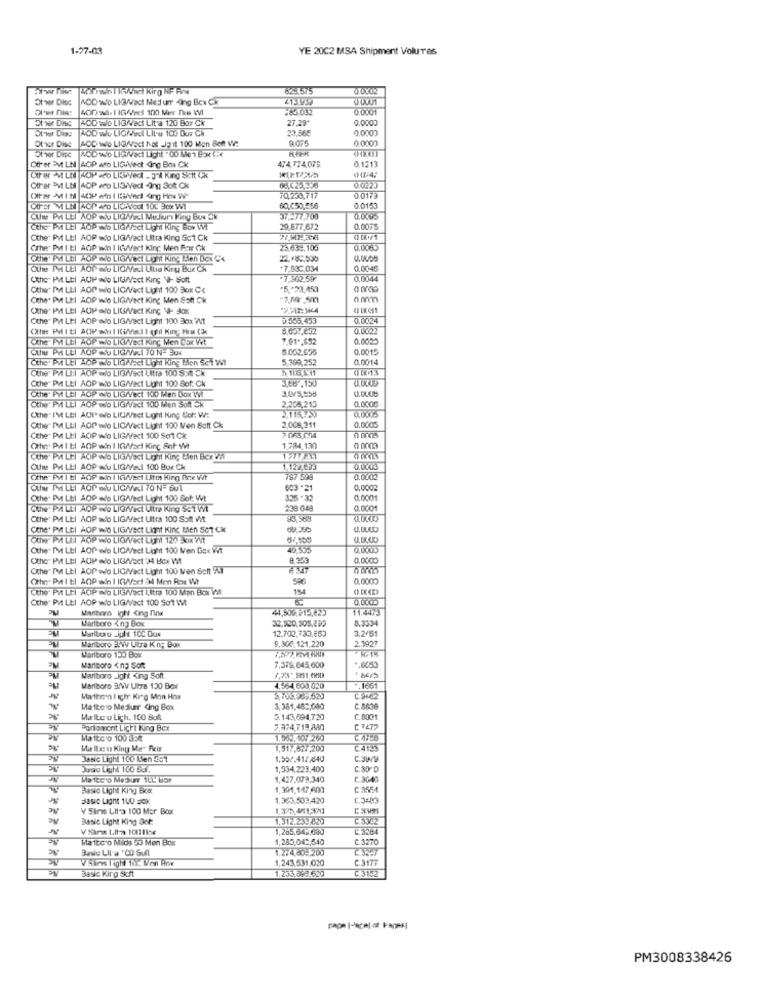
1-27-03
YE 20C2 MSA Shipment Volures
623575
0.0702
Other Dise
NOD wdo LIG/Vect Ned umr ding Box CZ
2133250
0.0001
Other Disc
AOD wio LIGWVaci Lit a 120 Box Ck
27,29*
0.0000
Oliver Dias
AOD wu LICKYdi Lilou 100 Dus Ch
23.565
9.0000
Ot idr Dine
MOD wo LIGWVact hot -Jp it 100 Mon Bett w:
0.0000
otvor Disc
Other EVt LN AOP ao LIGAMect Ging Box Ck
474,774.075
0.1213
OUFer MLN NOP ao LIWedt . J"ll King Scit Ck
Other EVI LN AOP ao LIS.Vect Ing Sot Ck
70,250,717
0.0173
60,050,456
0.0153
371-77.700
0.0005
Cthe" PA LEI AOP wio LIGWact Light King Bow WVI
29,877,672
0.0075
Other Pit LtI AOP wio LIG/Vact Ultra King Sct Ck
Cthe Pit 1 tl AOP win I IGWact Kinc Men Far Ck
23.632.105
0.0065
Othe PM LEI AOP mio LIGhect Light King Bien Dex Cx
Olie PH LEI AOP alu LICheci Ullias Kirgi Bur CK
+7,03C,034
0.0045
Other Pit Ltl AUP wo LIGWest King VI- Soft
7.862.597
0.0044
Other PM LEI AOP wdo LIC/Vact Light 100 Box C<
"5."23,453
Other Pit Ltl AOP wie LIGAVect Kinc Men Soft Ck
0 mm
Cthe P LEI AOP ado LIGW/act King VI- Jaxx
Other Pit LEI AOP wdo LIG/Vect Light 100 Box W/t
D1565.453
0.0024
0.0022
(the' PM LEl AOP wso LIGWest King Men DEIx Wt
7.91 *, 652
0.0025
OUNE PH LEI AOP OSU LICHVALI 70 N-EUX
8.002.655
0,0015
Cthe" PA LEI AOP wio LIGAact Light Ring Ben SCT WI
5,390,252
0.0014
Cthe" PA LEI AOP wio LIGNect Ultra 100 SMA Ck
5 11:8,511
0513
3,66.150
Othe PH LEI AOP wio LIG/Vect Light 100 Sof: Ck
Othe" PM LEI AOP wo LIG/Vect 100 Men Dax We
2.258,215
0,000G
Other" PM LLI AOP wio LIGYVect 100 Men Soft Ck
Cthe" I'M LEI ADItado LIUWV/ect Light King For: W:
2,115,759
0.0005
Other PM Lbl AOP wdo LIC/V/act Light 100 Men Soft Ck
2.008,211
Other Pit Lit AOP wio LIG/act 100 Set Ck
Other Pit I tl AOP win I IGMVart Kinc Sof Wt
1.784,130
0 0003
Cche" PM LEI AOP wo LIGWact Light King Ben Bex Vil
12772AN
Othe PH LEI AOP wdu LIGAel 100 Bux Ck
1,12 ,693
Othe Pit I El AOP win I IGWert Iltm King Bre Wit
12. 6
0.0002
Cliw PH LLI AOP ofu LIGMel 70 N= 501
0,0002
Other PV Ltl AOP wdo LIGAV/ect Light 100 Bot: Wt
336 -
0,0001
CUN' PALLI AOP wio LIGNEI Ultra King 501 Wt
238 048
0.0001
Other PM LEI AOP wdo LIG/Vect Ultra 100 Sott i/tt
CEne" PM LEI AOP WO LIGAVect Light KINC Men SCT CK
Othe. IM LEI AOP alo LIG//set Light 100 Men Gex Wit
40 535
Other PM LEI AOP wdo LIGNV/oct 04 Box Wt
8 353
0.0000
Cthe' PM LEI AOP wdo LIG/Vect Light 100 Men Soft M
Other Pat Itl AOP win I IG/act 34 Mon Rer Wt
596
0.0000
(the" PM LEI AOP wo LIGNect Litra 100 Man Box V
154
Other Pit Ltl AOP wdo LIG/Vact 100 Sot WMt
Maribern Ight King find
11.4473
Marlboro < no Box
8.3334
Marlboro Light 10℃ Dox
12,702,730,853
3.2/51
9.300, 121,220
2.1927
Marlboro =WW Utra K n; Box
Marlboro 150 Box
Marlboro <no Soft
7,379,645,600
Marlboro _Ight King Soft
Marlboro 3/VV Utra 120 Box
4,564.603,020
.. 1661
Marthen I agir Kreg Mon How
Hatboro Medurr Ging Box
5,381,485,000
C. 8636
Malturu Lich. 100 Sull
5.145,694,720
C.8001
Foriononit Licht King Box
7.974.718,AA0
Ma Icc o 100 3:4
C.4123
Jasic Light 100 Men 351
1,500,41/ 240
C.3W/9
Josio Light 100 Sal.
1,554,229,400
C.30 D
1,427.079,340
€.3640
Basio Light King Box
1.391,147,600
C: 1554
Basic Light 14Q =0x
1.3/3.509,420
V Sins Litra 100 Mor Boat
1,395.451,391
CSEHIS
Basic Light King Set
1,312.259829
1,265,643,630
C. 3384
Marlboro Milde 53 Men Box
1,285,042,540
C.3270
1.2:4.60-200
1,243.531.020
C. 3177
Basic Kirg Scft
1.255.832.629
C.3152
PM3008338426